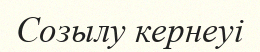
Созылу кернеуі